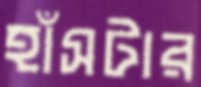
হাঁসটার